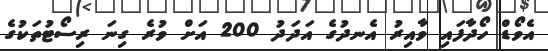
އެވޯޑް ހޯދާފައި ވާއިރު އެނދުގެ އަދަދު 200 އަށް ވުރެ ގިނަ ރިސޯޓުތަކުގެ